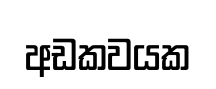
අඩකවයක